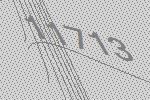
11713